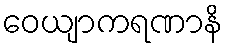
ဝေယျာကရဏာနိ